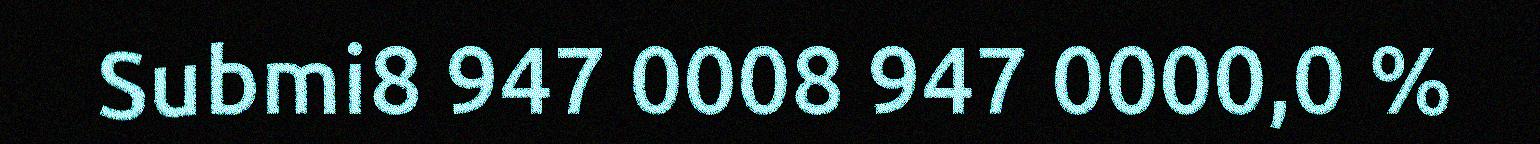
Submi8 947 0008 947 0000,0 %